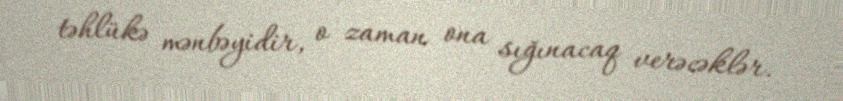
təhlükə mənbəyidir, o zaman ona sığınacaq verəcəklər.